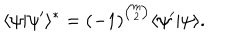
LaTeX: \langle \psi | \psi ^ { \prime } \rangle ^ { \ast } = ( - 1 ) ^ { { \binom { m } { 2 } } } \langle \psi ^ { \prime } | \psi \rangle .